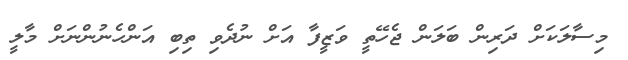
މިސާލަކަށް ދަރިން ބަލަން ޖެހޭތީ ވަޒީފާ އަށް ނުދެވި ތިބި އަންހެނުންނަށް މާލީ